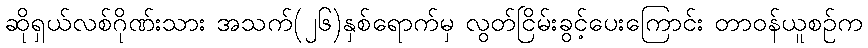
ဆိုရှယ်လစ်ဂိုဏ်းသား အသက်(၂၆)နှစ်ရောက်မှ လွတ်ငြိမ်းခွင့်ပေးကြောင်း တာဝန်ယူစဉ်က